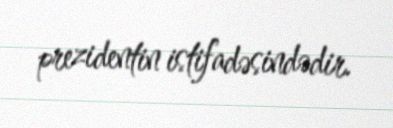
prezidentin istifadəsindədir.